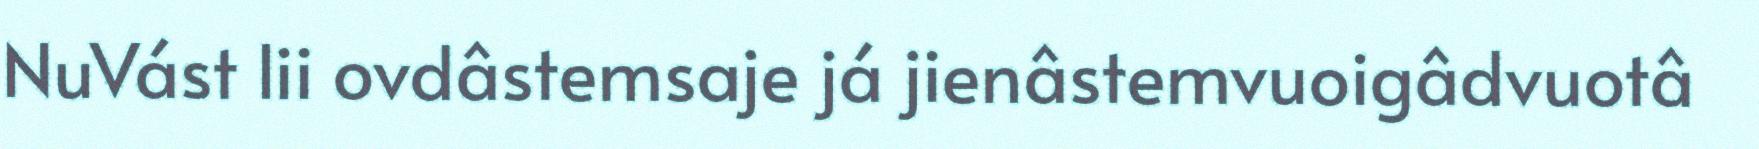
NuVást lii ovdâstemsaje já jienâstemvuoigâdvuotâ